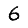
Digit: 6